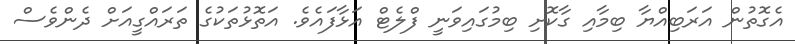
އެގޮތުން އަރަބިއްޔާ ބިމާއި ގާކޮށި ބިމުގައިވަނީ ފްލެޓް އަޅާފައެވެ. އަތޮޅުތަކުގެ ތަރައްގީއަށް ދެންވެސް